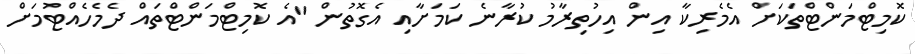
ކޮމިޓްމަންޓްތަކަށް އެމެރިކާ އިން އިހުތިރާމު ކުރާނެ ކަމަށާއި އެގޮތުން "އެ ކޮމިޓްމަންޓްތައް ދެމެހެއްޓުމަށް